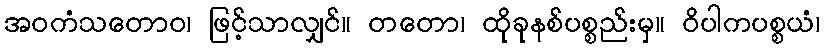
အဝကံသတောဝ၊ ဖြင့်သာလျှင်။ တတော၊ ထိုခုနစ်ပစ္စည်းမှ။ ဝိပါကပစ္စယံ၊